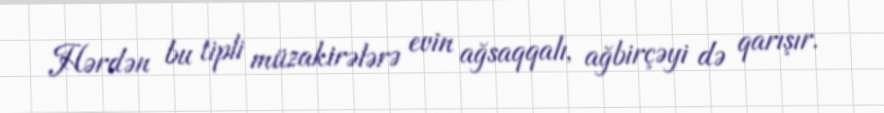
Hərdən bu tipli müzakirələrə evin ağsaqqalı, ağbirçəyi də qarışır.